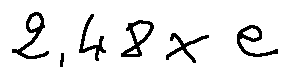
2 , 4 8 \times e